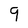
Character: 9